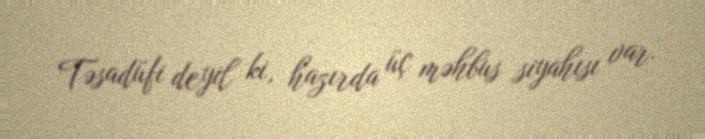
Təsadüfi deyil ki, hazırda üç məhbus siyahısı var.